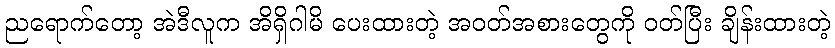
ညရောက်တော့ အဲဒီလူက အိရှိဂါမိ ပေးထားတဲ့ အဝတ်အစားတွေကို ဝတ်ပြီး ချိန်းထားတဲ့